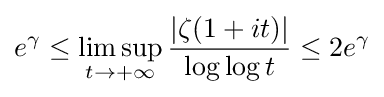
e^{\gamma }\leq \limsup _{t\rightarrow +\infty }{\frac {|\zeta (1+it)|}{\log \log t}}\leq 2e^{\gamma }